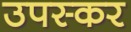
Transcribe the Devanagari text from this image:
उपस्‍कर